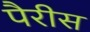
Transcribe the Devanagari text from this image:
पैरीस